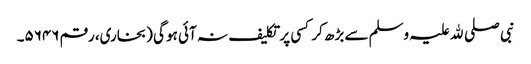
نبی صلی ﷲ علیہ وسلم سے بڑھ کر کسی پر تکلیف نہ آئی ہو گی (بخاری، رقم ۵۶۴۶۔